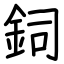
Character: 鉰